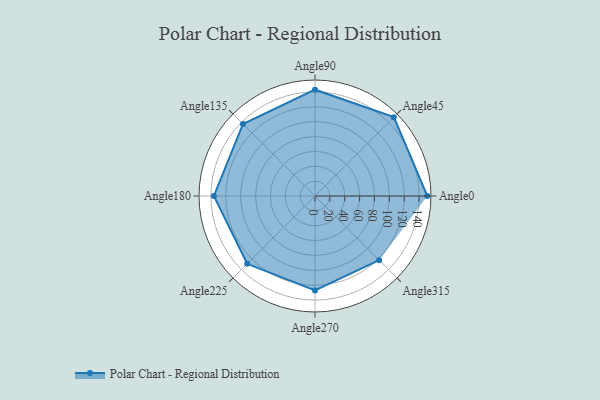
{"axis": {"x": "Angle", "y": "Radius"}, "legend": [""], "data": [{"x": "Angle0", "y": 151.0, "type": ""}, {"x": "Angle45", "y": 150.0, "type": ""}, {"x": "Angle90", "y": 143.0, "type": ""}, {"x": "Angle135", "y": 137.0, "type": ""}, {"x": "Angle180", "y": 136.0, "type": ""}, {"x": "Angle225", "y": 129.0, "type": ""}, {"x": "Angle270", "y": 127.0, "type": ""}, {"x": "Angle315", "y": 122.0, "type": ""}]}